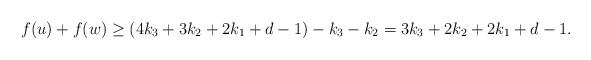
LaTeX: \begin{align*}f(u)+f(w)\geq (4k_3+3k_2+2k_1+d-1)-k_3-k_2=3k_3+2k_2+2k_1+d-1.\end{align*}